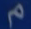
2